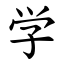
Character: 学